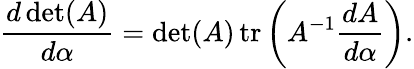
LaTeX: {\frac{d\operatorname*{det}(A)}{d\alpha}}=\operatorname*{det}(A)\operatorname{tr}\left(A^{-1}{\frac{dA}{d\alpha}}\right).